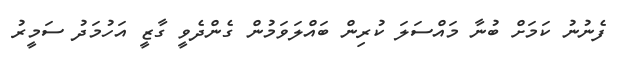
ފެނުނު ކަމަށް ބުނާ މައްސަލަ ކުރިން ބައްލަވަމުން ގެންދެވީ ގާޒީ އަހުމަދު ސަމީރު